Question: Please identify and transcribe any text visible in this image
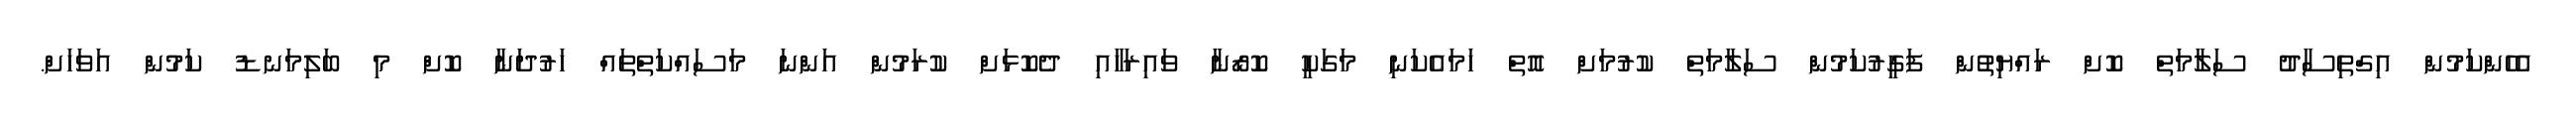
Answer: އެހެންކަމުން އިގްތިސާދު ސަލާމަތް ކޮށް ރައްޔިތުން ފަގީރުކަމުން ސަލާމަތް ކުރުމަށް އޮތް ހަމައެކަނި މަގަކީ ކޮރޯނާ ވައިރަހާއި ދެކޮޅަށް ކުރަމުން އަންނަ މަސައްކަތްތައް ހަރުދަނާ ކޮށް މި ބަލިމަނޑު ކަމުން އަވަހަށް.